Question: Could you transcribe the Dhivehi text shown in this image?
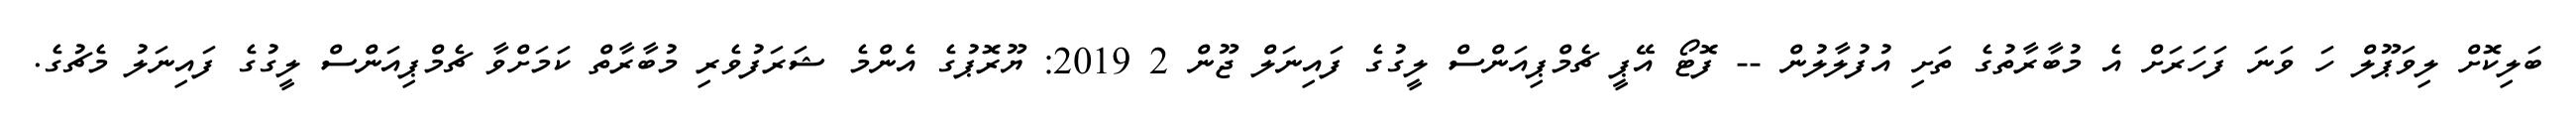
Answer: ބަލިކޮށް ލިވަޕޫލް ހަ ވަނަ ފަހަރަށް އެ މުބާރާތުގެ ތަށި އުފުލާލުން -- ފޮޓޯ އޭޕީ ޗެމްޕިއަންސް ލީގުގެ ފައިނަލް ޖޫން 2 2019: ޔޫރޮޕުގެ އެންމެ ޝަރަފުވެރި މުބާރާތް ކަމަށްވާ ޗެމްޕިއަންސް ލީގުގެ ފައިނަލު މެޗުގެ.